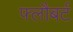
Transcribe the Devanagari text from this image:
फ्लौबर्ट